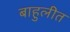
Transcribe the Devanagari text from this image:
बाहुलीत